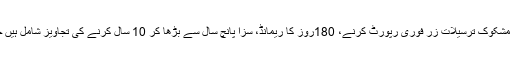
اینٹی منی لانڈرنگ بل میں مشکوک ترسیلات زر فوری رپورٹ کرنے، 180روز کا ریمانڈ، سزا پانچ سال سے بڑھا کر 10 سال کرنے کی تجاویز شامل ہیں جنہیں منظور کرلیا گیا ہے۔